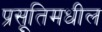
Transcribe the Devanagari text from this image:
प्रसूतिमधील